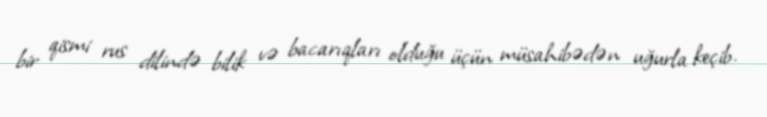
bir qismi rus dilində bilik və bacarıqları olduğu üçün müsahibədən uğurla keçib.